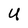
Character: U